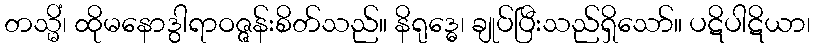
တသ္မိံ၊ ထိုမနောဒွါရာဝဇ္ဇန်းစိတ်သည်။ နိရုဒ္ဓေ၊ ချုပ်ပြီးသည်ရှိသော်။ ပဋိပါဋိယာ၊